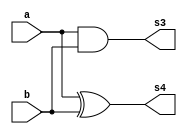
// Guia 05
// Nome: Raphaela Fernanda Silva

module operadorMS ( s4, s3, a, b);
output s4, s3;
input a, b;

xor XOR2(s4,a,b);
and AND2(s3,a,b);

endmodule

module operadorSC ( s0, s1, a, b, v1 );
output s0, s1;
input a, b, v1;
wire s3, s4;

operadorMS MS1(s4,s3,a,b);
operadorMS MS2( s0, s2 ,v1 ,s4);
or OR1(s1,s2,s3);

endmodule

module SC4Bits ( s, a, b);
output[4:0]s;
input[3:0]a,b;
wire[2:0]c;

operadorMS MS1(s[0],c[0],a[0],b[0]);
operadorSC SC1(s[1],c[1],a[1],b[1],c[0]);
operadorSC SC2(s[2],c[2],a[2],b[2],c[1]);
operadorSC SC3(s[3],s[4],a[3],b[3],c[2]);

endmodule


module testSC;
reg [3:0]a,b;
wire [4:0]s;
integer i, j;

SC4Bits SC4B(s, a, b);

 initial begin : start
 
 a=0; b=0;
 
 end

initial begin : main

#1 $display ( " Operador Soma Completa - 4 Bits " );
#1 $display ( "   a  +  b   =  s   " );
	$monitor ( " %4b  %4b  = %5b ",a,b,s);
	
	for ( i = 0; i < 16; i = i + 1)begin
	 a = i;
	for ( j = 0; j < 16; j = j + 1)begin
	#1 b = j;
	end
	end
				
end

endmodule

/* Operador Soma Completa - 4 Bits 
       a  +  b   =  s   
     0000  0000  = 00000 
     0000  0001  = 00001 
     0000  0010  = 00010 
     0000  0011  = 00011 
     0000  0100  = 00100 
     0000  0101  = 00101 
     0000  0110  = 00110 
     0000  0111  = 00111 
     0000  1000  = 01000 
     0000  1001  = 01001 
     0000  1010  = 01010 
     0000  1011  = 01011 
     0000  1100  = 01100 
     0000  1101  = 01101 
     0000  1110  = 01110 
     0001  1111  = 10000 
     0001  0000  = 00001 
     0001  0001  = 00010 
     0001  0010  = 00011 
     0001  0011  = 00100 
     0001  0100  = 00101 
     0001  0101  = 00110 
     0001  0110  = 00111 
     0001  0111  = 01000 
     0001  1000  = 01001 
     0001  1001  = 01010 
     0001  1010  = 01011 
     0001  1011  = 01100 
     0001  1100  = 01101 
     0001  1101  = 01110 
     0001  1110  = 01111 
     0010  1111  = 10001 
     0010  0000  = 00010 
     0010  0001  = 00011 
     0010  0010  = 00100 
     0010  0011  = 00101 
     0010  0100  = 00110 
     0010  0101  = 00111 
     0010  0110  = 01000 
     0010  0111  = 01001 
     0010  1000  = 01010 
     0010  1001  = 01011 
     0010  1010  = 01100 
     0010  1011  = 01101 
     0010  1100  = 01110 
     0010  1101  = 01111 
     0010  1110  = 10000 
     0011  1111  = 10010 
     0011  0000  = 00011 
     0011  0001  = 00100 
     0011  0010  = 00101 
     0011  0011  = 00110 
     0011  0100  = 00111 
     0011  0101  = 01000 
     0011  0110  = 01001 
     0011  0111  = 01010 
     0011  1000  = 01011 
     0011  1001  = 01100 
     0011  1010  = 01101 
     0011  1011  = 01110 
     0011  1100  = 01111 
     0011  1101  = 10000 
     0011  1110  = 10001 
     0100  1111  = 10011 
     0100  0000  = 00100 
     0100  0001  = 00101 
     0100  0010  = 00110 
     0100  0011  = 00111 
     0100  0100  = 01000 
     0100  0101  = 01001 
     0100  0110  = 01010 
     0100  0111  = 01011 
     0100  1000  = 01100 
     0100  1001  = 01101 
     0100  1010  = 01110 
     0100  1011  = 01111 
     0100  1100  = 10000 
     0100  1101  = 10001 
     0100  1110  = 10010 
     0101  1111  = 10100 
     0101  0000  = 00101 
     0101  0001  = 00110 
     0101  0010  = 00111 
     0101  0011  = 01000 
     0101  0100  = 01001 
     0101  0101  = 01010 
     0101  0110  = 01011 
     0101  0111  = 01100 
     0101  1000  = 01101 
     0101  1001  = 01110 
     0101  1010  = 01111 
     0101  1011  = 10000 
     0101  1100  = 10001 
     0101  1101  = 10010 
     0101  1110  = 10011 
     0110  1111  = 10101 
     0110  0000  = 00110 
     0110  0001  = 00111 
     0110  0010  = 01000 
     0110  0011  = 01001 
     0110  0100  = 01010 
     0110  0101  = 01011 
     0110  0110  = 01100 
     0110  0111  = 01101 
     0110  1000  = 01110 
     0110  1001  = 01111 
     0110  1010  = 10000 
     0110  1011  = 10001 
     0110  1100  = 10010 
     0110  1101  = 10011 
     0110  1110  = 10100 
     0111  1111  = 10110 
     0111  0000  = 00111 
     0111  0001  = 01000 
     0111  0010  = 01001 
     0111  0011  = 01010 
     0111  0100  = 01011 
     0111  0101  = 01100 
     0111  0110  = 01101 
     0111  0111  = 01110 
     0111  1000  = 01111 
     0111  1001  = 10000 
     0111  1010  = 10001 
     0111  1011  = 10010 
     0111  1100  = 10011 
     0111  1101  = 10100 
     0111  1110  = 10101 
     1000  1111  = 10111 
     1000  0000  = 01000 
     1000  0001  = 01001 
     1000  0010  = 01010 
     1000  0011  = 01011 
     1000  0100  = 01100 
     1000  0101  = 01101 
     1000  0110  = 01110 
     1000  0111  = 01111 
     1000  1000  = 10000 
     1000  1001  = 10001 
     1000  1010  = 10010 
     1000  1011  = 10011 
     1000  1100  = 10100 
     1000  1101  = 10101 
     1000  1110  = 10110 
     1001  1111  = 11000 
     1001  0000  = 01001 
     1001  0001  = 01010 
     1001  0010  = 01011 
     1001  0011  = 01100 
     1001  0100  = 01101 
     1001  0101  = 01110 
     1001  0110  = 01111 
     1001  0111  = 10000 
     1001  1000  = 10001 
     1001  1001  = 10010 
     1001  1010  = 10011 
     1001  1011  = 10100 
     1001  1100  = 10101 
     1001  1101  = 10110 
     1001  1110  = 10111 
     1010  1111  = 11001 
     1010  0000  = 01010 
     1010  0001  = 01011 
     1010  0010  = 01100 
     1010  0011  = 01101 
     1010  0100  = 01110 
     1010  0101  = 01111 
     1010  0110  = 10000 
     1010  0111  = 10001 
     1010  1000  = 10010 
     1010  1001  = 10011 
     1010  1010  = 10100 
     1010  1011  = 10101 
     1010  1100  = 10110 
     1010  1101  = 10111 
    
     1010  1110  = 11000 
     1011  1111  = 11010 
     1011  0000  = 01011 
     1011  0001  = 01100 
     1011  0010  = 01101 
     1011  0011  = 01110 
     1011  0100  = 01111 
     1011  0101  = 10000 
     1011  0110  = 10001 
     1011  0111  = 10010 
     1011  1000  = 10011 
     1011  1001  = 10100 
     1011  1010  = 10101 
     1011  1011  = 10110 
     1011  1100  = 10111 
     1011  1101  = 11000 
     1011  1110  = 11001 
     1100  1111  = 11011 
     1100  0000  = 01100 
     1100  0001  = 01101 
     1100  0010  = 01110 
     1100  0011  = 01111 
     1100  0100  = 10000 
     1100  0101  = 10001 
     1100  0110  = 10010 
     1100  0111  = 10011 
     1100  1000  = 10100 
     1100  1001  = 10101 
     1100  1010  = 10110 
     1100  1011  = 10111 
     1100  1100  = 11000 
     1100  1101  = 11001 
     1100  1110  = 11010 
     1101  1111  = 11100 
     1101  0000  = 01101 
     1101  0001  = 01110 
     1101  0010  = 01111 
     1101  0011  = 10000 
     1101  0100  = 10001 
     1101  0101  = 10010 
     1101  0110  = 10011 
     1101  0111  = 10100 
     1101  1000  = 10101 
     1101  1001  = 10110 
     1101  1010  = 10111 
     1101  1011  = 11000 
     1101  1100  = 11001 
     1101  1101  = 11010 
     1101  1110  = 11011 
     1110  1111  = 11101 
     1110  0000  = 01110 
     1110  0001  = 01111 
     1110  0010  = 10000 
     1110  0011  = 10001 
     1110  0100  = 10010 
     1110  0101  = 10011 
     1110  0110  = 10100 
     1110  0111  = 10101 
     1110  1000  = 10110 
     1110  1001  = 10111 
     1110  1010  = 11000 
     1110  1011  = 11001 
     1110  1100  = 11010 
     1110  1101  = 11011 
     1110  1110  = 11100 
     1111  1111  = 11110 
     1111  0000  = 01111 
     1111  0001  = 10000 
     1111  0010  = 10001 
     1111  0011  = 10010 
     1111  0100  = 10011 
     1111  0101  = 10100 
     1111  0110  = 10101 
     1111  0111  = 10110 
     1111  1000  = 10111 
     1111  1001  = 11000 
     1111  1010  = 11001 
     1111  1011  = 11010 
     1111  1100  = 11011 
     1111  1101  = 11100 
     1111  1110  = 11101 
     1111  1111  = 11110 
*/